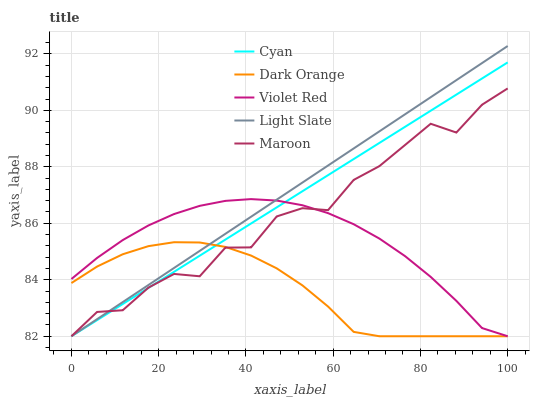
| xaxis_label | Cyan | Dark Orange | Violet Red | Light Slate | Maroon |
 | --- | --- | --- | --- | --- | --- |
 | 0 | 82 | 83.9 | 84 | 82 | 82 |
 | 5.88 | 82.6 | 84.5 | 84.8 | 82.6 | 82.9 |
 | 11.8 | 83.1 | 84.9 | 85.4 | 83.2 | 82.9 |
 | 17.6 | 83.7 | 85.2 | 85.9 | 83.8 | 83.7 |
 | 23.5 | 84.3 | 85.3 | 86.3 | 84.4 | 84.2 |
 | 29.4 | 84.9 | 85.3 | 86.6 | 85 | 84.1 |
 | 35.3 | 85.4 | 85.2 | 86.8 | 85.6 | 85.1 |
 | 41.2 | 86 | 84.9 | 86.9 | 86.2 | 85.1 |
 | 47.1 | 86.6 | 84.4 | 86.8 | 86.8 | 86.2 |
 | 52.9 | 87.1 | 83.8 | 86.6 | 87.4 | 86.5 |
 | 58.8 | 87.7 | 83.1 | 86.4 | 88 | 86.5 |
 | 64.7 | 88.3 | 82.2 | 86 | 88.7 | 87.5 |
 | 70.6 | 88.8 | 82 | 85.5 | 89.3 | 88 |
 | 76.5 | 89.4 | 82 | 84.8 | 89.9 | 88.8 |
 | 82.4 | 90 | 82 | 84.1 | 90.5 | 89.5 |
 | 88.2 | 90.6 | 82 | 83.3 | 91.1 | 89.2 |
 | 94.1 | 91.1 | 82 | 82.3 | 91.7 | 90.2 |
 | 100 | 91.7 | 82 | 82 | 92.3 | 90.8 |